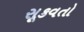
સૂકવતો